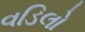
વડિલો